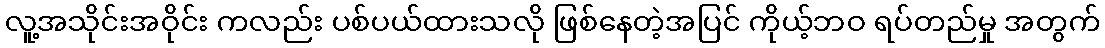
လူ့အသိုင်းအဝိုင်း ကလည်း ပစ်ပယ်ထားသလို ဖြစ်နေတဲ့အပြင် ကိုယ့်ဘဝ ရပ်တည်မှု အတွက်